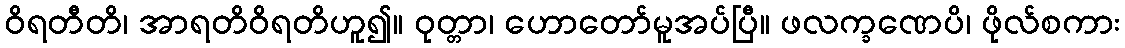
ဝိရတီတိ၊ အာရတိဝိရတိဟူ၍။ ဝုတ္တာ၊ ဟောတော်မူအပ်ပြီ။ ဖလက္ခဏေပိ၊ ဖိုလ်စကား